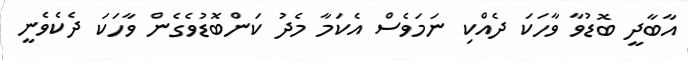
އާބާދީ ބޮޑުވާ ވާހަކަ ދެއްކި ނަމަވެސް އެކަމާ މެދު ކަންބޮޑުވެގެން ވާހަކަ ދެކެވެނީ